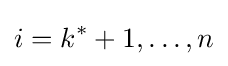
i=k^{*}+1,\dots ,n